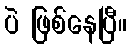
ပဲ ဖြစ်နေပြီ။